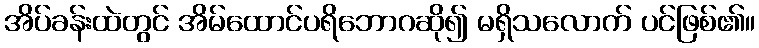
အိပ်ခန်းထဲတွင် အိမ်ထောင်ပရိဘောဂဆို၍ မရှိသလောက် ပင်ဖြစ်၏။